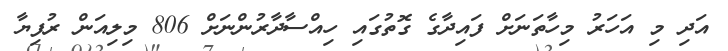
އަދި މި އަހަރު މިހާތަނަށް ފައިދާގެ ގޮތުގައި ހިއްސާދާރުންނަށް 806 މިލިއަން ރުފިޔާ